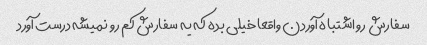
سفارش رو اشتباه آوردن واقعا خیلی بده که یه سفارش کم رو نمیشه درست آورد